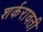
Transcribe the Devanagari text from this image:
शर्करावती